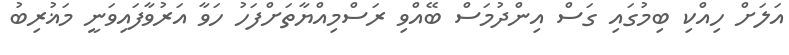
އަލަށް ހިއްކި ބިމުގައި ގަސް އިންދުމަސް ބޭއްވި ރަސްމިއްޔާތަށްފަހު ހަވާ އަރުވާފައިވަނީ މަޣުރިބު